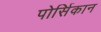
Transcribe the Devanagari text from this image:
पोर्सिकान